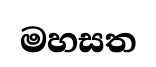
මහසත